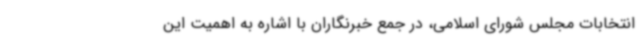
انتخابات مجلس شورای اسلامی، در جمع خبرنگاران با اشاره به اهمیت این